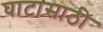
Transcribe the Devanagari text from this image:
घाटासाठी